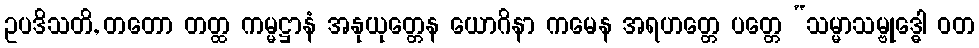
ဥပဒိသတိ, တတော တတ္ထ ကမ္မဋ္ဌာနံ အနုယုတ္တေန ယောဂိနာ ကမေန အရဟတ္တေ ပတ္တေ “သမ္မာသမ္ဗုဒ္ဓေါ ဝတ